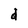
Character: d